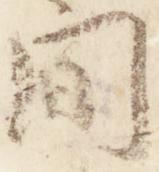
間